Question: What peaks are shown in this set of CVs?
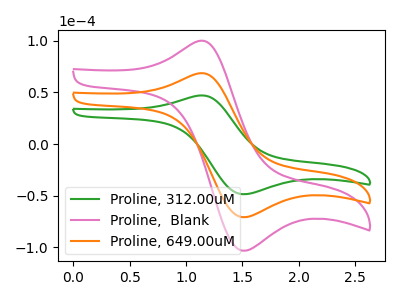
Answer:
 <answer>The green curve "Proline, 312.00uM" has an anodic peak at (1.10V, 46.90uA) and a cathodic peak at (1.50V, -48.60uA). The pink curve "Proline,  Blank" has an anodic peak at (1.10V, 136.85uA) and a cathodic peak at (1.50V, -141.75uA). The orange curve "Proline, 649.00uM" has an anodic peak at (1.10V, 68.40uA) and a cathodic peak at (1.50V, -70.85uA).</answer>
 <eval></eval>